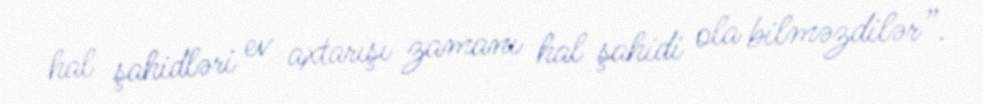
hal şahidləri ev axtarışı zamanı hal şahidi ola bilməzdilər”.